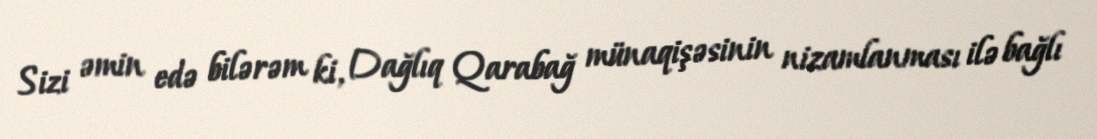
Sizi əmin edə bilərəm ki, Dağlıq Qarabağ münaqişəsinin nizamlanması ilə bağlı